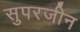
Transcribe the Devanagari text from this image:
सुपरजीन